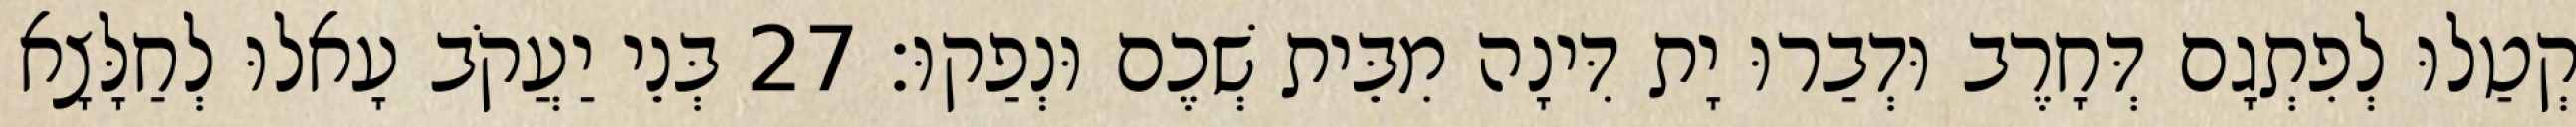
קְטַלוּ לְפִתְגָם דְּחָרֶב וּדְבַרוּ יָת דִּינָה מִבֵּית שְׁכֶם וּנְפַקוּ׃ 27 בְּנֵי יַעֲקֹב עָאלוּ לְחַלָּצָא